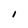
Character: I